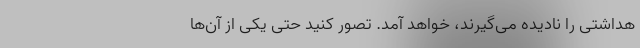
هداشتی را نادیده می‌گیرند، خواهد آمد. تصور کنید حتی یکی از آن‌ها